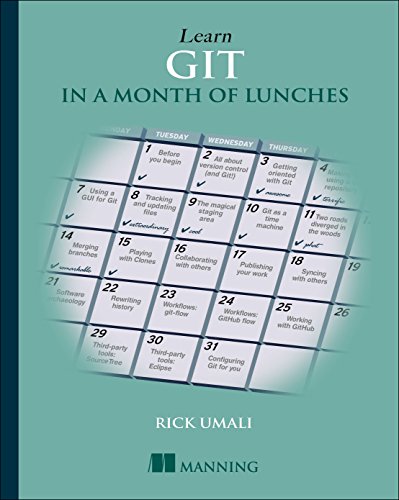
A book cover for Learn Git in a Month of Lunches; Rick Umali; Computers & Technology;